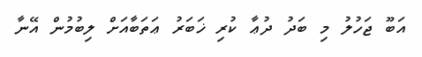
އަބޫ ޖަހުލު މި ބަދު ދުޢާ ކުރި ޚަބަރު ޢަތަބާއަށް ލިބުމުން އޭނާ